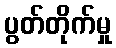
ပွတ်တိုက်မှု